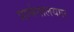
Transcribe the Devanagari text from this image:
प्रार्थनालयात